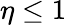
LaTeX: \eta\leq 1